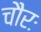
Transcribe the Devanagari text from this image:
चौरः